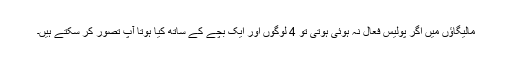
مالیگاؤں میں اگر پولیس فعال نہ ہوئی ہوتی تو 4 لوگوں اور ایک بچے کے ساتھ کیا ہوتا آپ تصور کر سکتے ہیں۔